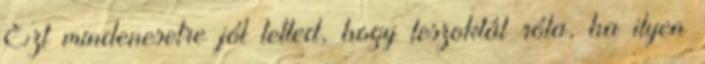
Ezt mindenesetre jól tetted, hogy leszoktál róla, ha ilyen